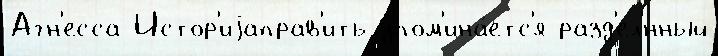
Агн'есса Истор'иjаправ'ить упом'ина́етс'я разд'ел'́нный